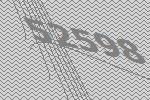
52598